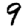
Digit: 9